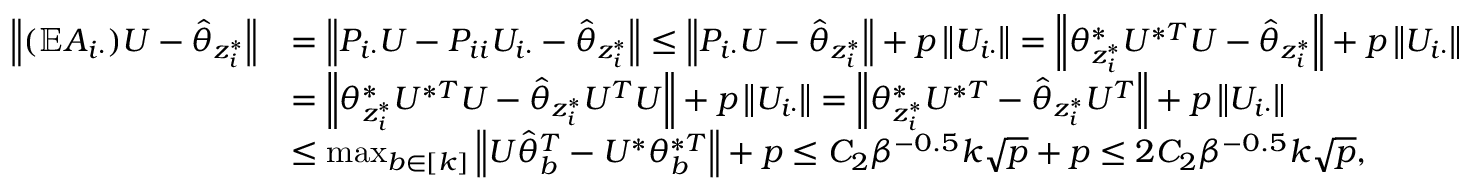
\begin{array} { r l } { \left\| { ( \mathbb { E } A _ { i \cdot } ) U - \hat { \theta } _ { z _ { i } ^ { * } } } \right\| } & { = \left\| { P _ { i \cdot } U - P _ { i i } U _ { i \cdot } - \hat { \theta } _ { z _ { i } ^ { * } } } \right\| \leq \left\| { P _ { i \cdot } U - \hat { \theta } _ { z _ { i } ^ { * } } } \right\| + p \left\| { U _ { i \cdot } } \right\| = \left\| { \theta _ { z _ { i } ^ { * } } ^ { * } U ^ { * T } U - \hat { \theta } _ { z _ { i } ^ { * } } } \right\| + p \left\| { U _ { i \cdot } } \right\| } \\ & { = \left\| { \theta _ { z _ { i } ^ { * } } ^ { * } U ^ { * T } U - \hat { \theta } _ { z _ { i } ^ { * } } U ^ { T } U } \right\| + p \left\| { U _ { i \cdot } } \right\| = \left\| { \theta _ { z _ { i } ^ { * } } ^ { * } U ^ { * T } - \hat { \theta } _ { z _ { i } ^ { * } } U ^ { T } } \right\| + p \left\| { U _ { i \cdot } } \right\| } \\ & { \leq \operatorname* { m a x } _ { b \in [ k ] } \left\| { U \hat { \theta } _ { b } ^ { T } - U ^ { * } \theta _ { b } ^ { * T } } \right\| + p \leq C _ { 2 } \beta ^ { - 0 . 5 } k \sqrt { p } + p \leq 2 C _ { 2 } \beta ^ { - 0 . 5 } k \sqrt { p } , } \end{array}